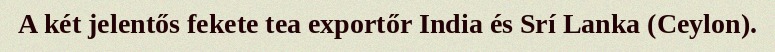
A két jelentős fekete tea exportőr India és Srí Lanka (Ceylon).